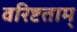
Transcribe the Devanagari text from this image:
वरिष्टताम्